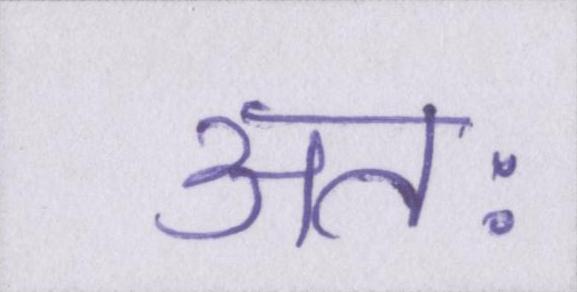
अतः